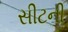
સીટની